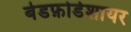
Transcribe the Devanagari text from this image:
बेडफ़ोर्डशायर